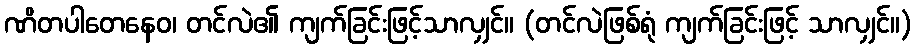
ဏိတပါတေနေဝ၊ တင်လဲ၏ ကျက်ခြင်းဖြင့်သာလျှင်။ (တင်လဲဖြစ်ရုံ ကျက်ခြင်းဖြင့် သာလျှင်။)